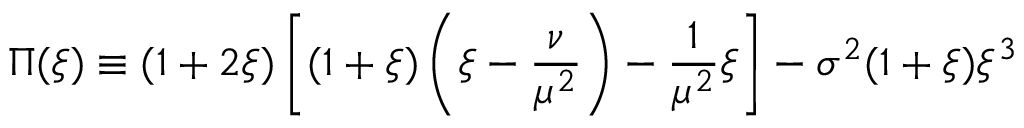
\Pi ( \xi ) \equiv ( 1 + 2 \xi ) \left[ ( 1 + \xi ) \left( \xi - \frac { \nu } { \mu ^ { 2 } } \right) - \frac { 1 } { \mu ^ { 2 } } \xi \right] - \sigma ^ { 2 } ( 1 + \xi ) \xi ^ { 3 }